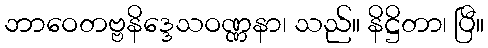
ဘာဝေတဗ္ဗနိဒ္ဒေသဝဏ္ဏနာ၊ သည်။ နိဋ္ဌိတာ၊ ပြီ။